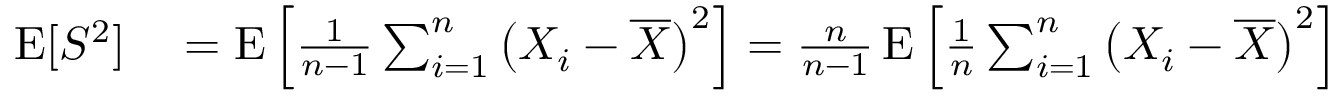
\begin{array} { r l } { \operatorname { E } [ S ^ { 2 } ] } & { { } = \operatorname { E } \left[ { \frac { 1 } { n - 1 } } \sum _ { i = 1 } ^ { n } { \big ( } X _ { i } - { \overline { { X } } } { \big ) } ^ { 2 } \right] = { \frac { n } { n - 1 } } \operatorname { E } \left[ { \frac { 1 } { n } } \sum _ { i = 1 } ^ { n } { \big ( } X _ { i } - { \overline { { X } } } { \big ) } ^ { 2 } \right] } \end{array}